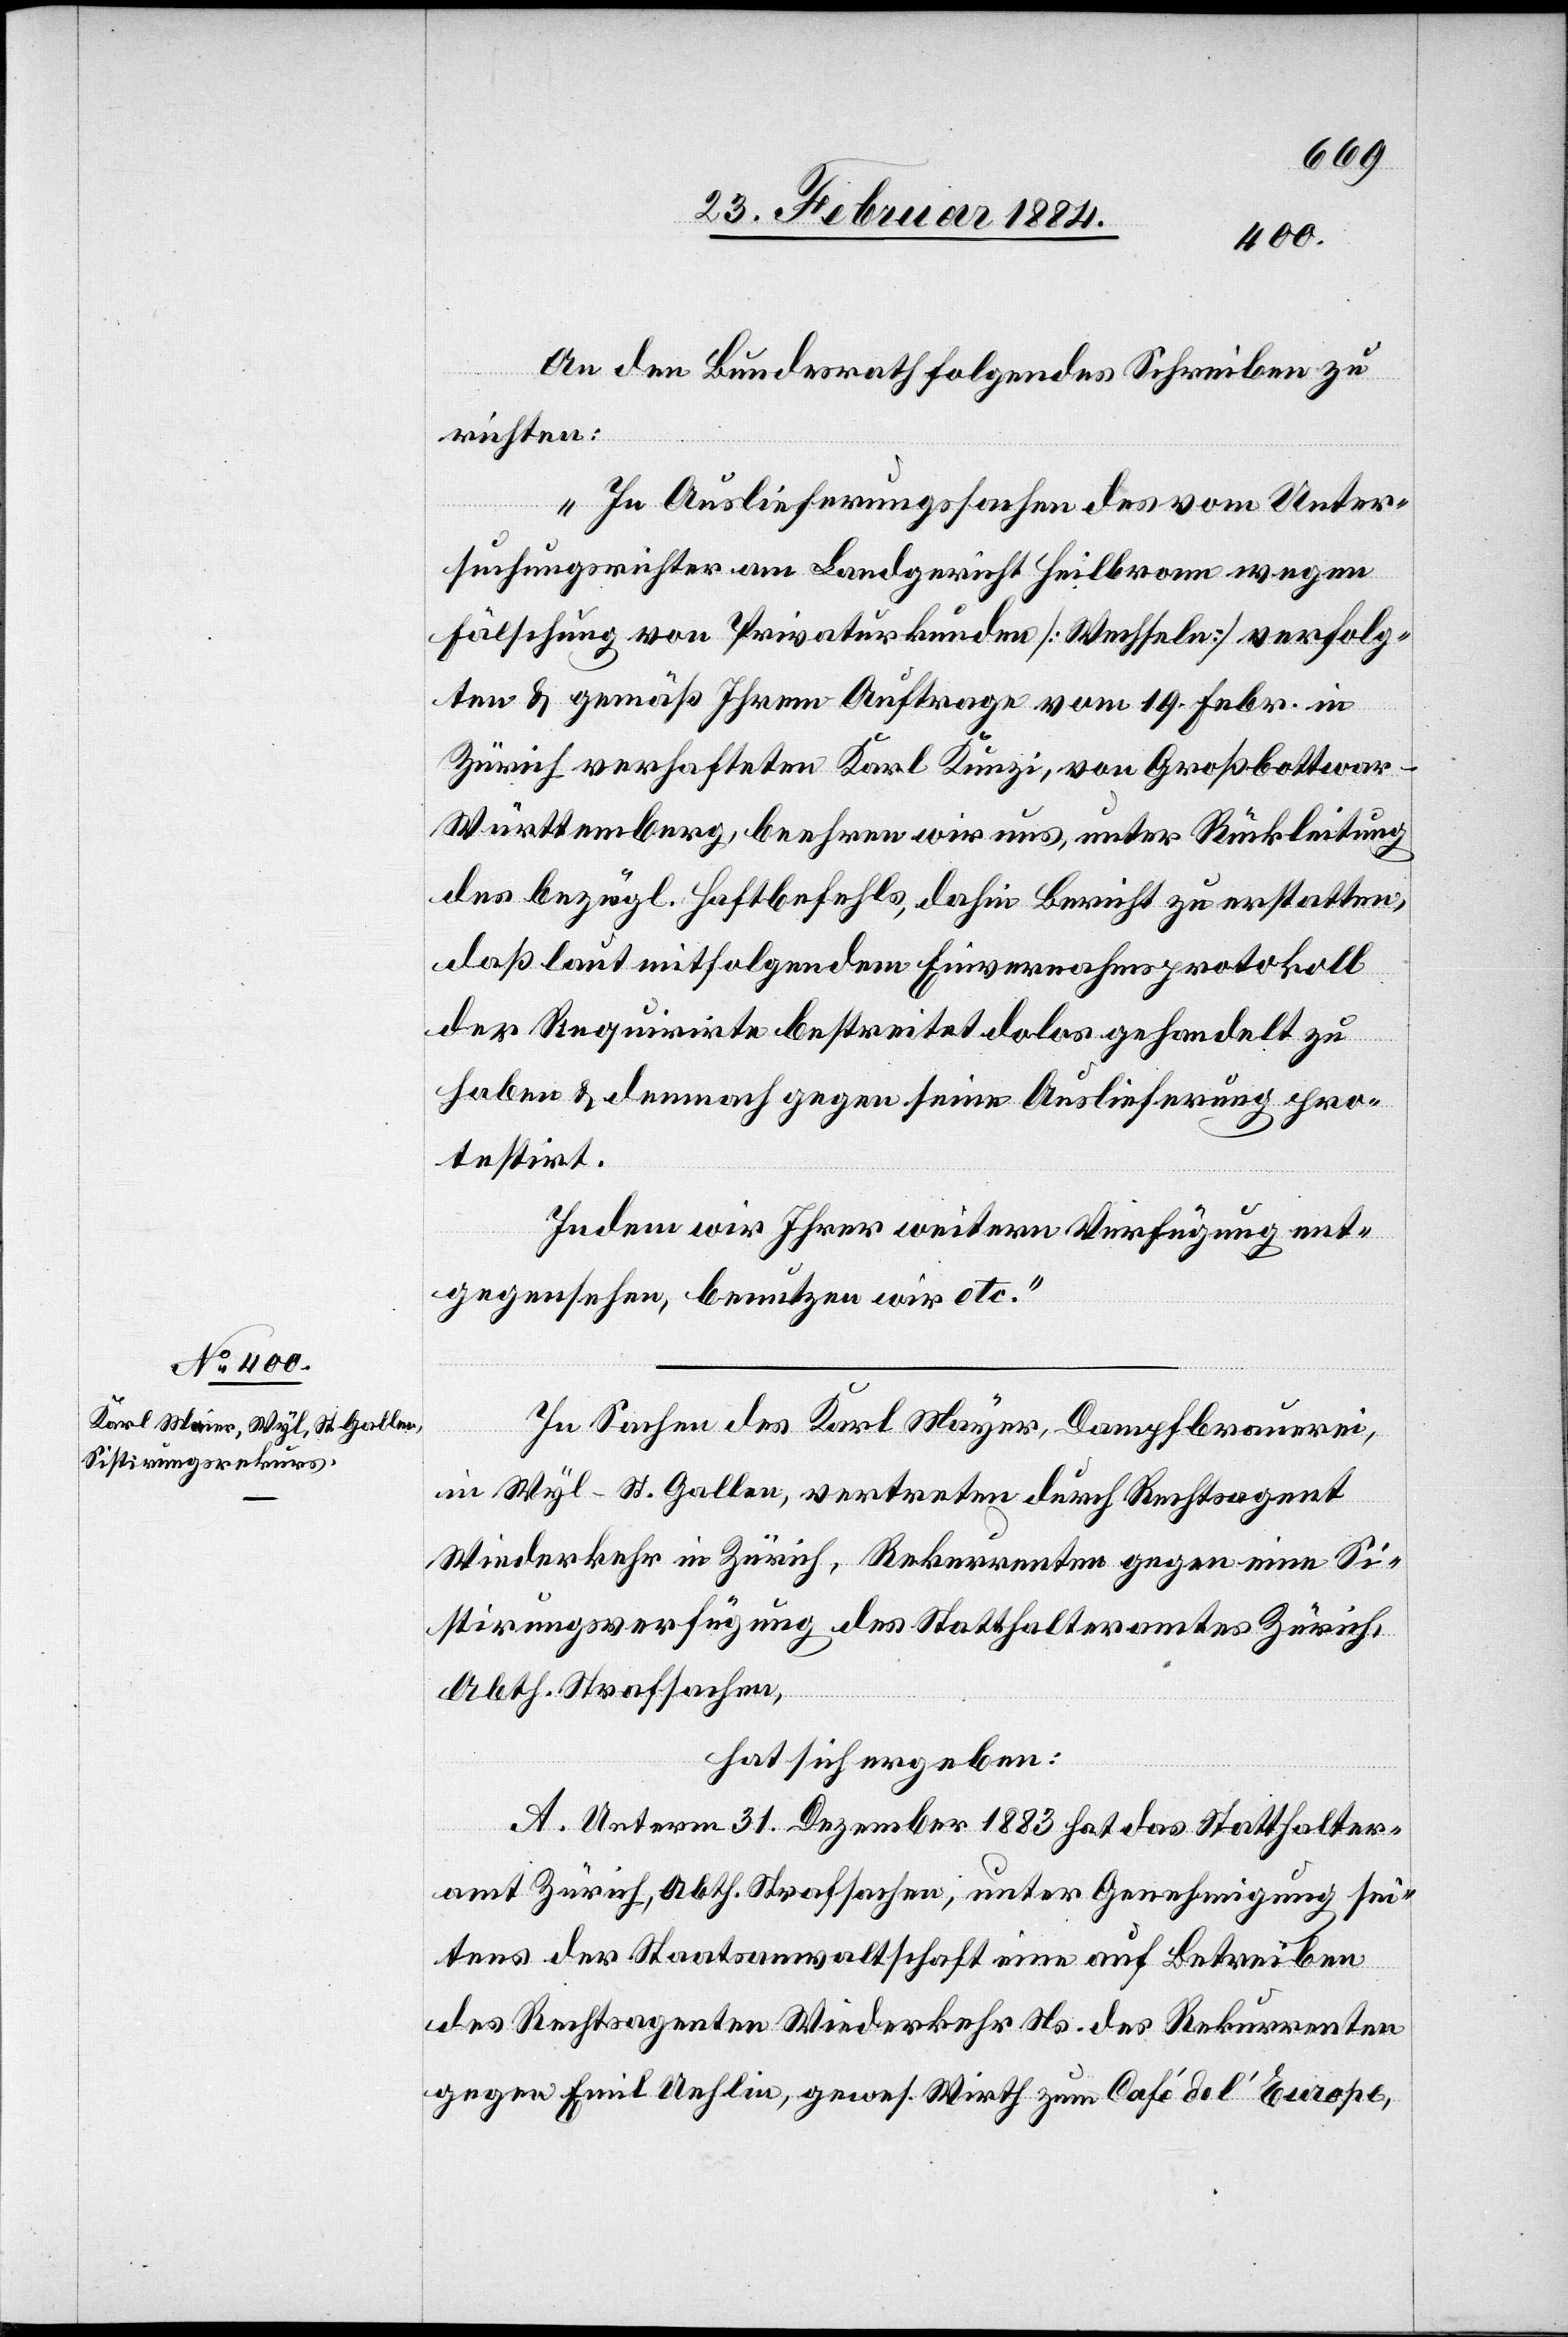
An den Bundesrath folgendes Schreiben zu
richten:
„In Auslieferungssachen des vom Unter¬
suchungsrichter am Landgericht Heilbronn wegen
Fälschung von Privaturkunden [Wechseln] verfolg¬
ten & gemäß Ihrem Auftrage vom 19. Febr. in
Zürich verhafteten Karl Kuenzi, von Großbottwar
Württemberg, beehren wir uns, unter Rückleitung
des bezügl. Haftbefehls, dahin Bericht zu erstatten,
daß laut mitfolgendem Einvernahmsprotokoll
der Requirirte bestreitet dolos gehandelt zu
haben & demnach gegen seine Auslieferung pro¬
testirt.
Indem wir Ihrer weitern Verfügung ent¬
gegensehen, benutzen wir etc.“
In Sachen des Karl Mayer [sic!], Dampfbrauerei,
in Wyl - St. Gallen, vertreten durch Rechtsagent
Wiederkehr in Zürich, Rekurrenten gegen eine Si¬
stierungsverfügung des Statthalteramtes Zürich,
Abth. Strafsachen,
hat sich ergeben:
A. Unterm 31. Dezember 1883 hat das Statthalter¬
amt Zürich, Abth. Strafsachen, unter Genehmigung sei¬
tens der Staatsanwaltschaft eine auf Betreiben
des Rechtsagenten Wiederkehr Ns. des Rekurrenten
gegen Emil Uehlin, gewes. Wirth zum Café de l’Europe,